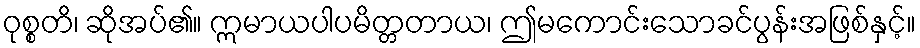
ဝုစ္စတိ၊ ဆိုအပ်၏။ ဣမာယပါပမိတ္တတာယ၊ ဤမကောင်းသောခင်ပွန်းအဖြစ်နှင့်။